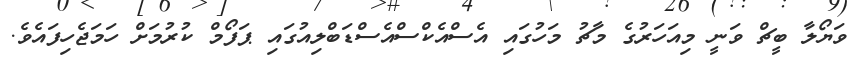
ވަޔޯލާ ބީޗް ވަނީ މިއަހަރުގެ މާޗު މަހުގައި އެސްއެކްސްއެސްޑަބްލިއުގައި ޕަފޯމް ކުރުމަށް ހަމަޖެހިފައެވެ.